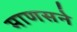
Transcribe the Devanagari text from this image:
माणसने